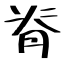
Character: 脊